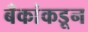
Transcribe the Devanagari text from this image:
बँकांकडून